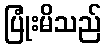
ပြုံးမိသည်